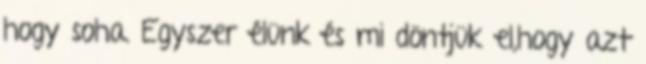
hogy soha. Egyszer élünk és mi döntjük el,hogy azt